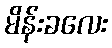
မိန်းခလေး